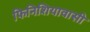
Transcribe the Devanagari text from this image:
फिनिशियावासी